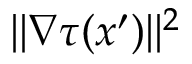
| | \nabla \tau ( x ^ { \prime } ) | | ^ { 2 }